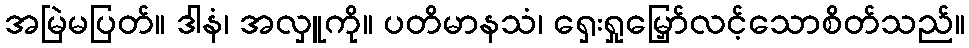
အမြဲမပြတ်။ ဒါနံ၊ အလှူကို။ ပတိမာနသံ၊ ရှေးရှုမြှော်လင့်သောစိတ်သည်။